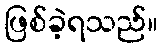
ဖြစ်ခဲ့ရသည်။